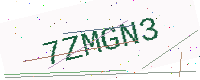
Text: 7ZMGN3